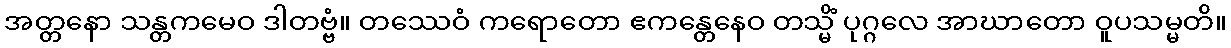
အတ္တနော သန္တကမေဝ ဒါတဗ္ဗံ။ တဿေဝံ ကရောတော ဧကန္တေနေဝ တသ္မိံ ပုဂ္ဂလေ အာဃာတော ဝူပသမ္မတိ။